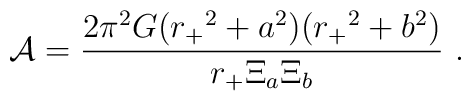
{\cal A}={2\pi^2G ({r_+}^2+a^2)({r_+}^2+b^2) \over {r_+}\Xi_a \Xi_b}\ .